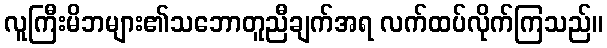
လူကြီးမိဘများ၏သဘောတူညီချက်အရ လက်ထပ်လိုက်ကြသည်။